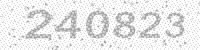
Solution: 240823